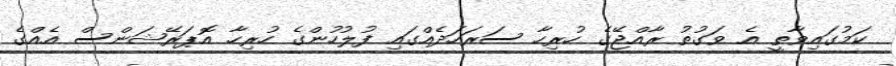
ކަމުގައިވާތީ އެ ވަގުތު ރާއްޖޭގެ ހުރިހާ ސަރަހަދެއްގައި ފުލުހުންގެ ހުރިހާ އޮޕަރޭޝަންސް އެއްގެ